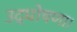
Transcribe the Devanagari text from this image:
उद्घोषणा।